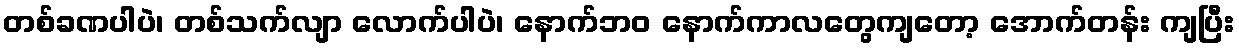
တစ်ခဏပါပဲ၊ တစ်သက်လျာ လောက်ပါပဲ၊ နောက်ဘဝ နောက်ကာလတွေကျတော့ အောက်တန်း ကျပြီး